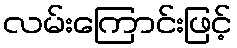
လမ်းကြောင်းဖြင့်